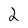
Character: 2